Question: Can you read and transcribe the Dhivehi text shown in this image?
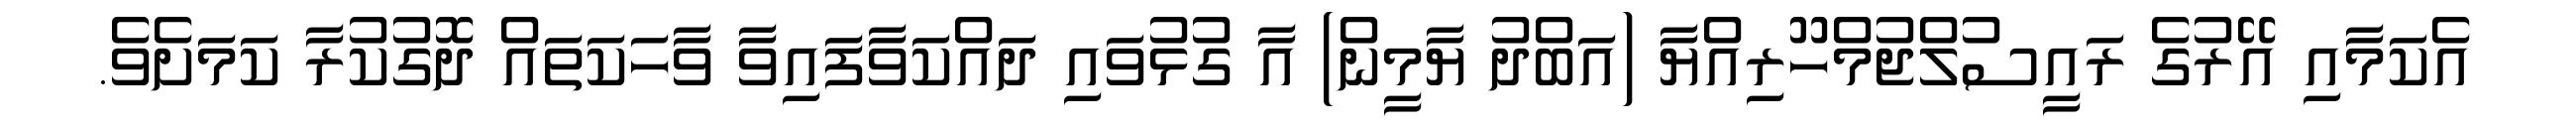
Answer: އެކަމާއި އޭރުގެ ރައީސުލްޖުމްހޫރިއްޔާ (އަބްދު ޔާމީން) އާ ގުޅުވައި ދައްކަވާފައިވާ ވާހަކަތައް ދޮގުކުރާ ކަމަށެވެ.